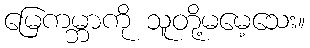
မြေကမ္ဘာကို သူတို့မမေ့သေး။